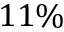
1 1 \%